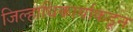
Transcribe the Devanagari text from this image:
जिल्हाधिकार्याकडून